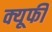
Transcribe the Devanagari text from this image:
क्यूफी